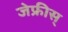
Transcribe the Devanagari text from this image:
जेफ्रीस्